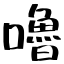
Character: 嚕